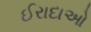
ઈરાદાઓ